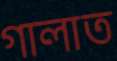
গালাত